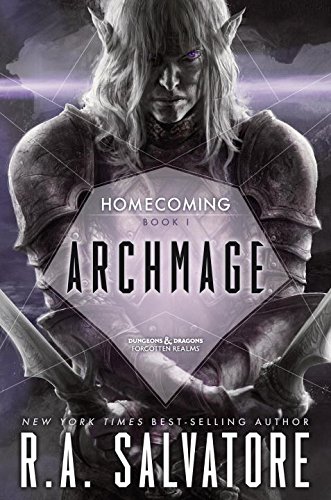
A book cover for Archmage (Legend of Drizzt: Homecoming); R. A. Salvatore; Science Fiction & Fantasy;